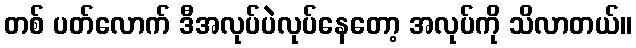
တစ် ပတ်လောက် ဒီအလုပ်ပဲလုပ်နေတော့ အလုပ်ကို သိလာတယ်။